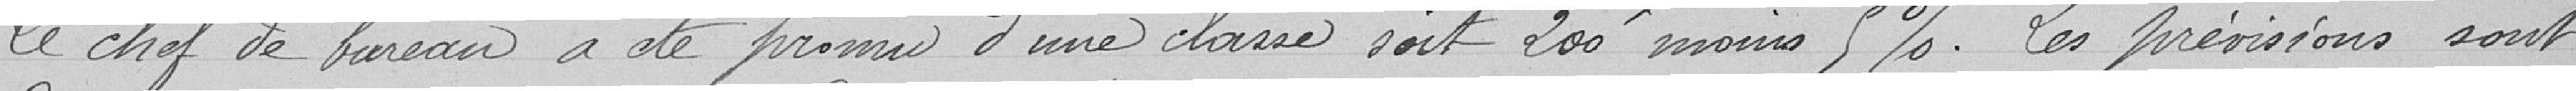
Le chef de bureau a été promu d'une classe soit 200 moins 5%. Les prévisions sont